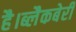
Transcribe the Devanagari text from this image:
है।ब्लैकबेरी